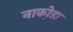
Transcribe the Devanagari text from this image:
नाका़ेडा